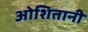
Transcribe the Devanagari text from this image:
ओशितानी